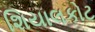
શિયાલકોટ